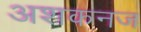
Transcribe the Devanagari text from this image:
अशकनज